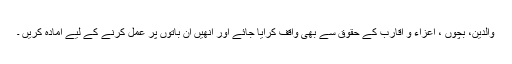
والدین، بچوں ، اعزاء و اقارب کے حقوق سے بھی واقف کرایا جائے اور انھیں ان باتوں پر عمل کرنے کے لیے آمادہ کریں ۔